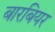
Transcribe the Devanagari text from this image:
बारबियर